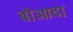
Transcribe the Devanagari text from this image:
बोआदा